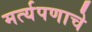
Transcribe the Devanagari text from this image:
मर्त्यपणाचे